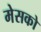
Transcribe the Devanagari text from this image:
मेसको